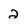
Character: 2